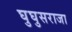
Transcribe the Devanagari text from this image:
घुघुसराजा